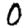
Digit: 0